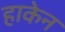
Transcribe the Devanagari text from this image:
हाकेन